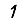
Digit: 1